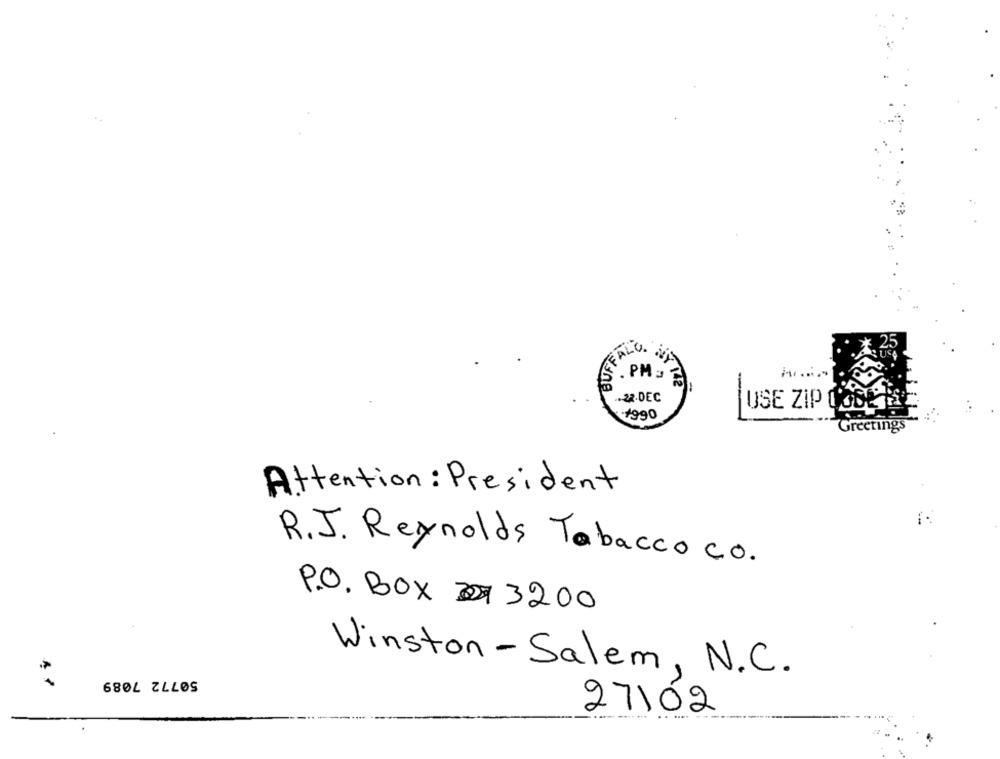
FALO
S . PM =
.. 22.DEC
USE ZIP CODE D
-1990
Greeting
Attention : President
R.J. Reynolds Tabacco CO.
P.O. BOX 3200
Winston - Salem, N.C.
27102
...... "